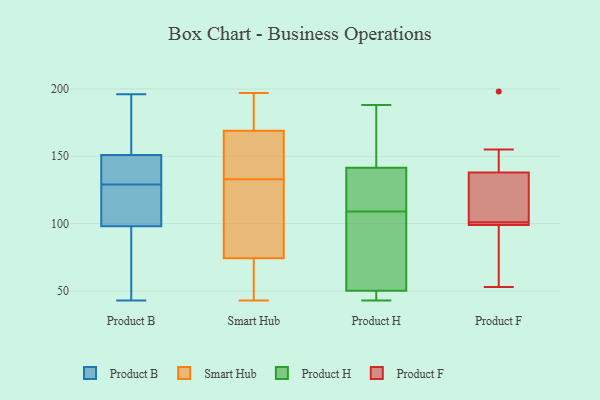
{"axis": {"x": "Tickets Resolved", "y": "Value"}, "legend": ["Product B", "Product F", "Product H", "Smart Hub"], "data": [{"x": "", "y": 157, "type": "Product B"}, {"x": "", "y": 98, "type": "Product B"}, {"x": "", "y": 168, "type": "Product B"}, {"x": "", "y": 128, "type": "Product B"}, {"x": "", "y": 130, "type": "Product B"}, {"x": "", "y": 148, "type": "Product B"}, {"x": "", "y": 54, "type": "Product B"}, {"x": "", "y": 141, "type": "Product B"}, {"x": "", "y": 151, "type": "Product B"}, {"x": "", "y": 196, "type": "Product B"}, {"x": "", "y": 43, "type": "Product B"}, {"x": "", "y": 109, "type": "Product B"}, {"x": "", "y": 60, "type": "Product B"}, {"x": "", "y": 115, "type": "Product B"}, {"x": "", "y": 197, "type": "Smart Hub"}, {"x": "", "y": 99, "type": "Smart Hub"}, {"x": "", "y": 43, "type": "Smart Hub"}, {"x": "", "y": 136, "type": "Smart Hub"}, {"x": "", "y": 179, "type": "Smart Hub"}, {"x": "", "y": 180, "type": "Smart Hub"}, {"x": "", "y": 139, "type": "Smart Hub"}, {"x": "", "y": 66, "type": "Smart Hub"}, {"x": "", "y": 123, "type": "Smart Hub"}, {"x": "", "y": 133, "type": "Smart Hub"}, {"x": "", "y": 59, "type": "Smart Hub"}, {"x": "", "y": 158, "type": "Product H"}, {"x": "", "y": 103, "type": "Product H"}, {"x": "", "y": 109, "type": "Product H"}, {"x": "", "y": 140, "type": "Product H"}, {"x": "", "y": 43, "type": "Product H"}, {"x": "", "y": 44, "type": "Product H"}, {"x": "", "y": 188, "type": "Product H"}, {"x": "", "y": 130, "type": "Product H"}, {"x": "", "y": 63, "type": "Product H"}, {"x": "", "y": 142, "type": "Product H"}, {"x": "", "y": 46, "type": "Product H"}, {"x": "", "y": 101, "type": "Product F"}, {"x": "", "y": 155, "type": "Product F"}, {"x": "", "y": 77, "type": "Product F"}, {"x": "", "y": 53, "type": "Product F"}, {"x": "", "y": 138, "type": "Product F"}, {"x": "", "y": 112, "type": "Product F"}, {"x": "", "y": 101, "type": "Product F"}, {"x": "", "y": 101, "type": "Product F"}, {"x": "", "y": 99, "type": "Product F"}, {"x": "", "y": 198, "type": "Product F"}]}